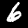
Label: 6